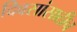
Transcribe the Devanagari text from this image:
दिवसांसाठीच